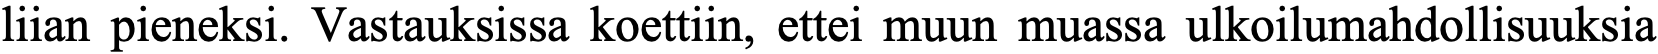
liian pieneksi. Vastauksissa koettiin, ettei muun muassa ulkoilumahdollisuuksia